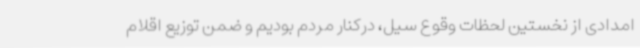
امدادی از نخستین لحظات وقوع سیل، درکنار مردم بودیم و ضمن توزیع اقلام